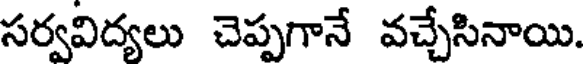
సర్వవిద్యలు చెప్పగానే వచ్చేసినాయి.